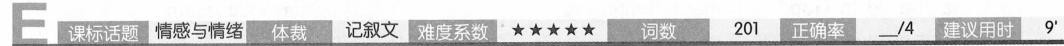
E 课标话题 情感与情绪 体裁 记叙文难度系数★★★★★词数 201正确率___/4 建议用时 9'